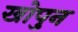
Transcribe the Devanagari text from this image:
खोपुन